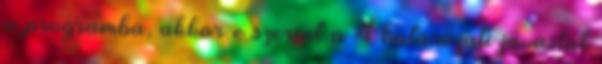
a programba, akkor e szerint a 4 határozati javaslat